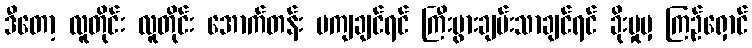
ဒီတော့ လူတိုင်း လူတိုင်း အောက်တန်း မကျချင်ရင် ကြီးပွားချမ်းသာချင်ရင် ခိုးမှုမှ ကြဉ်ရှောင်